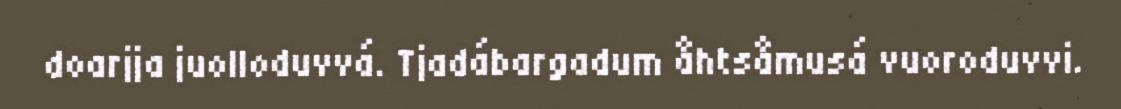
doarjja juolloduvvá. Tjadábargadum åhtsåmusá vuoroduvvi.